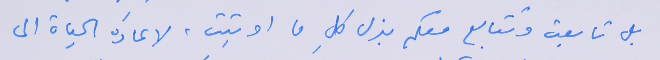
بل تابعت وتتابع معكم بذل كلِ ما اوتيت، لاعادة الحياة الى